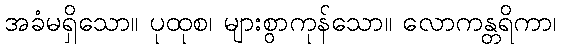
အခံမရှိသော။ ပုထုစ၊ များစွာကုန်သော။ လောကန္တရိကာ၊